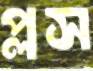
প্লস